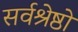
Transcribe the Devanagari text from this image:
सर्वश्रेष्ठों